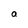
Character: a